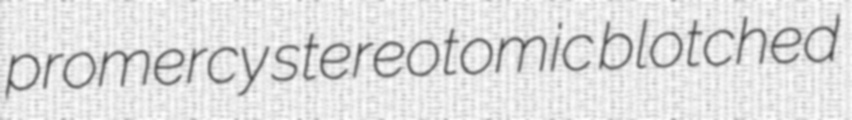
promercy stereotomic blotched